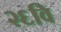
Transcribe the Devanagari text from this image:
२६वि